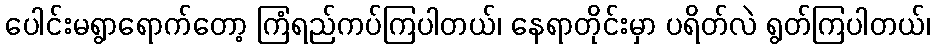
ပေါင်းမရွာရောက်တော့ ကြံရည်ကပ်ကြပါတယ်၊ နေရာတိုင်းမှာ ပရိတ်လဲ ရွတ်ကြပါတယ်၊